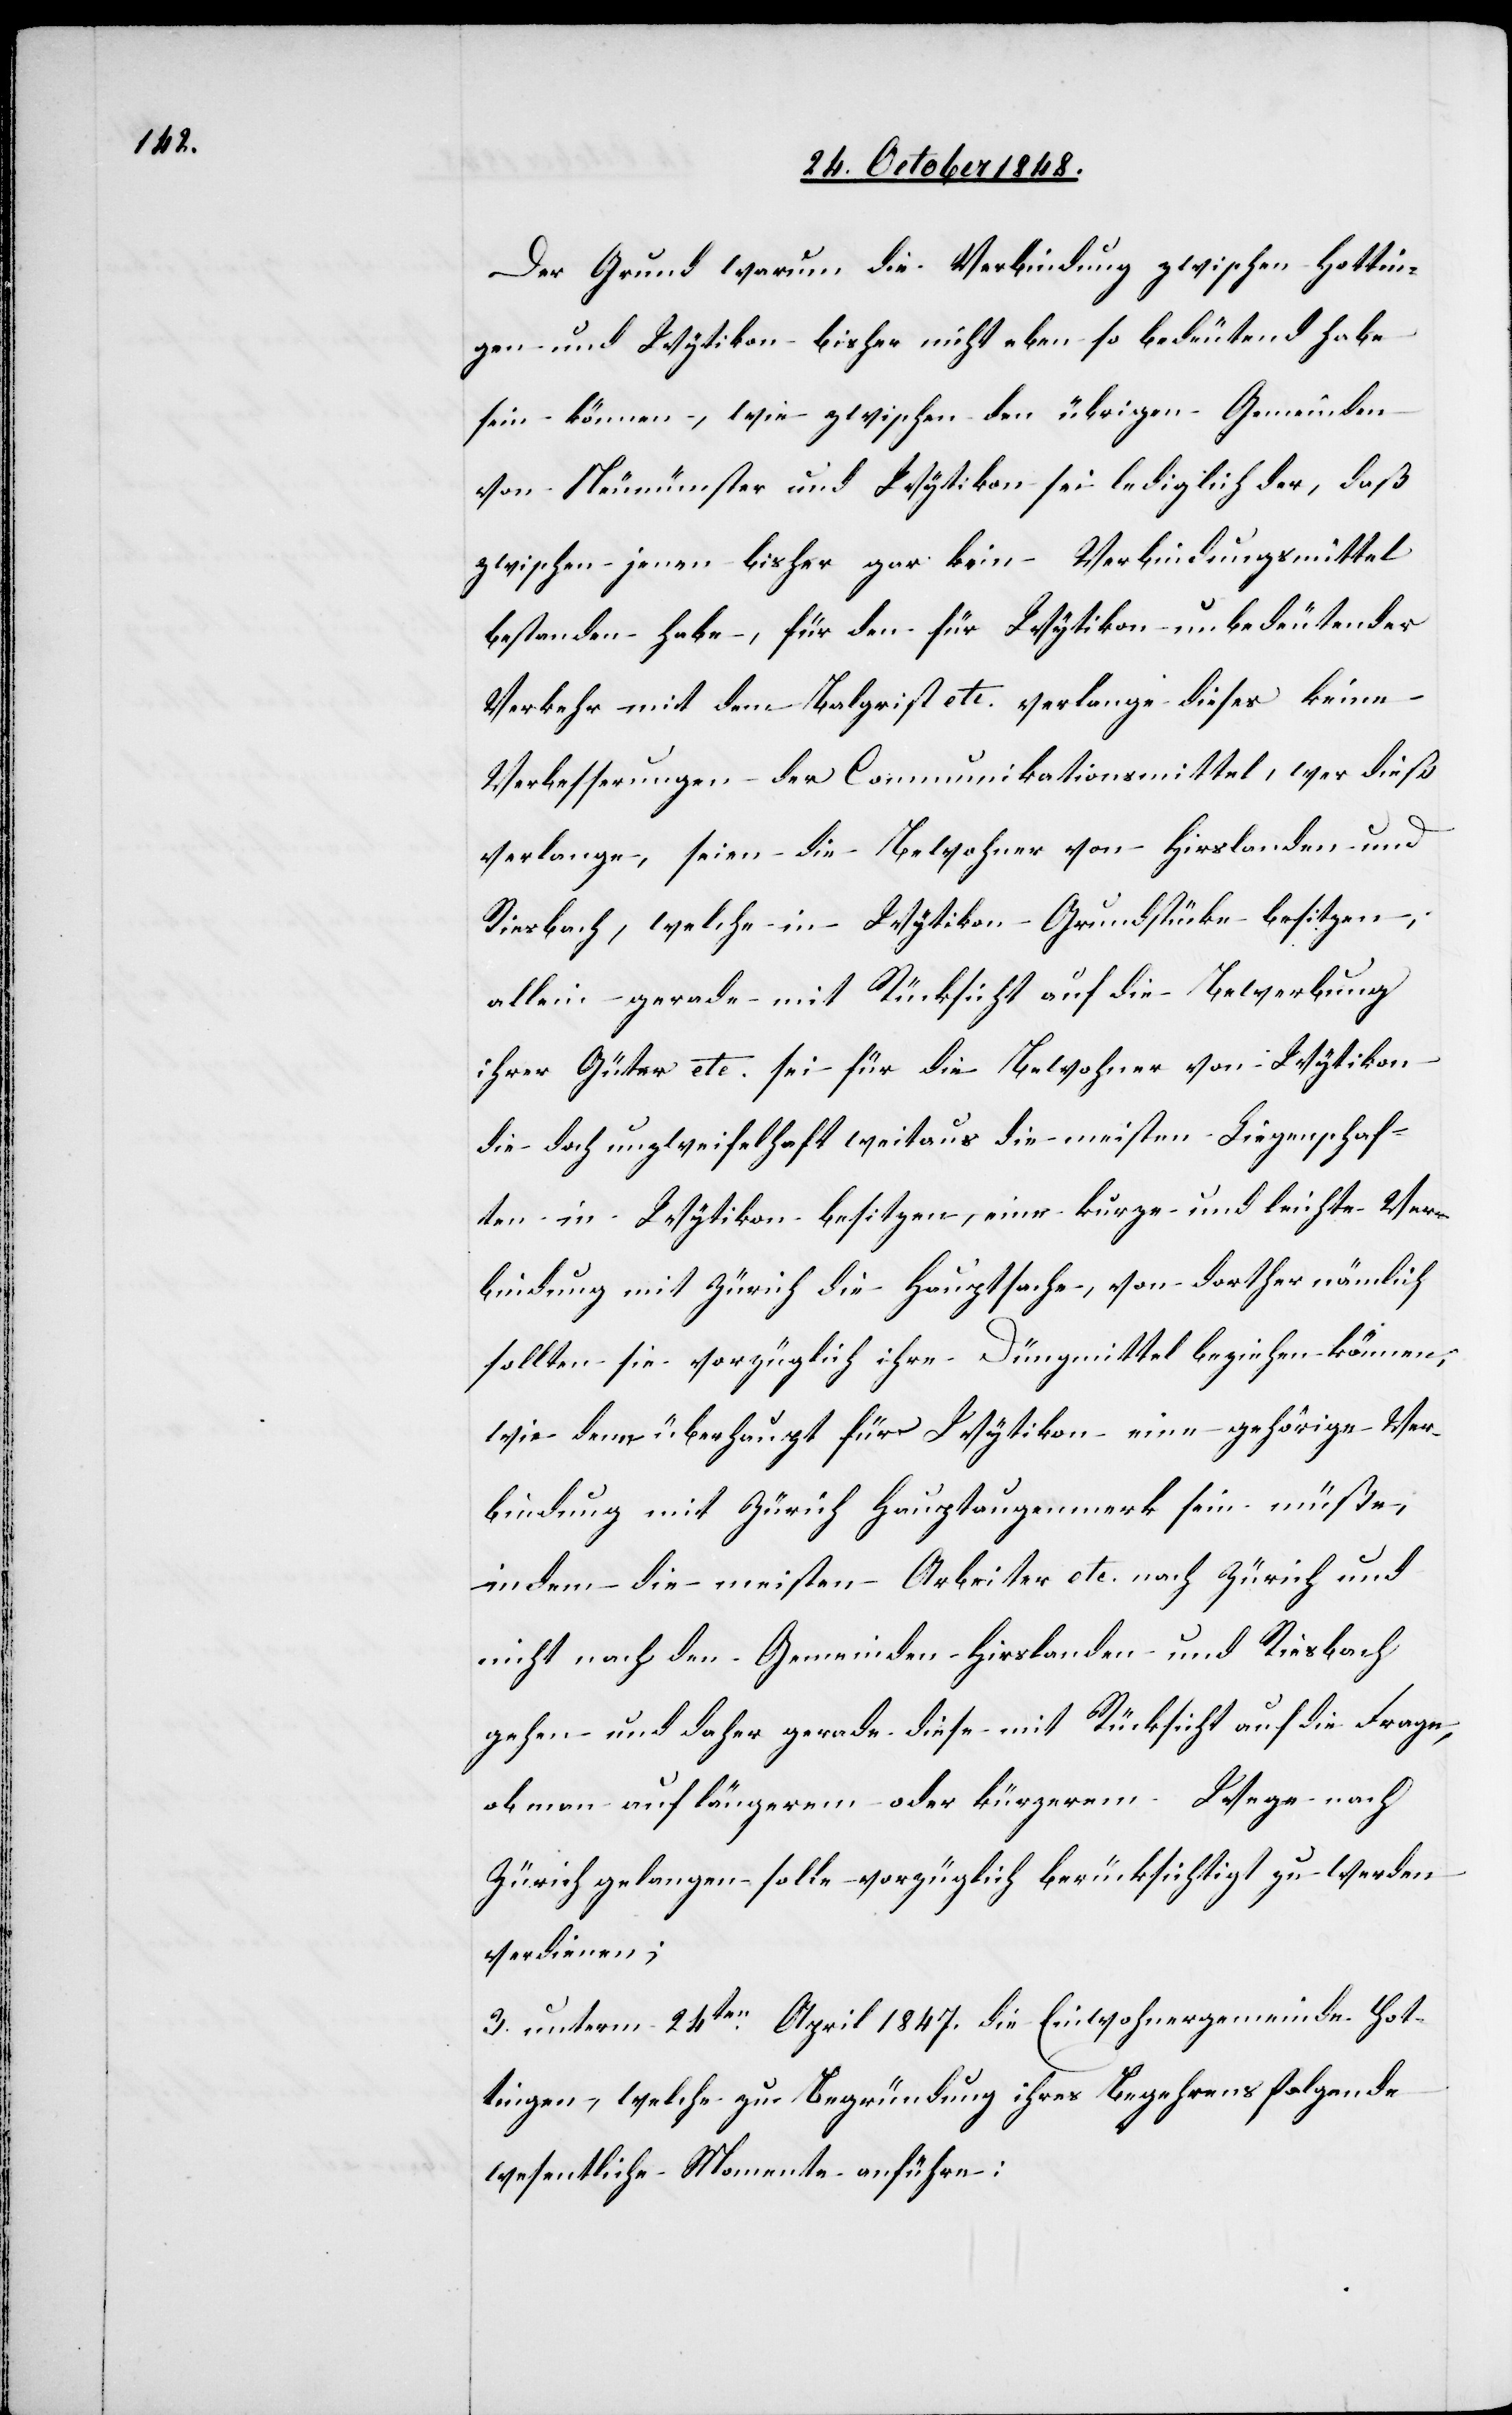
Der Grund warum die Verbindung zwischen Hottin¬
gen und Wytikon bisher nicht ebenso bedeutend habe
sein können, wie zwischen den übrigen Gemeinden
von Neumünster und Wytikon sei lediglich der, daß
zwischen jenen bisher gar kein Verbindungsmittel
bestanden habe, für den für Wytikon unbedeutender
Verkehr mit dem Balgrist etc. verlange dieses keine
Verbesserungen der Communikationsmittel, wer dieß
verlange, seien die Bewohner von Hirslanden und
Riesbach, welche in Wytikon Grundstücke besitzen,
allein gerade mit Rücksicht auf die Bewerbung
ihrer Güter etc. sei für die Bewohner von Wytikon
die doch unzweifelhaft weitaus die meisten Liegenschaf¬
ten in Wytikon besitzen, und eine kurze und leichte Ver¬
bindung mit Zürich in Hauptsache, von dorther nämlich
sollten sie vorzüglich ihre Düngmittel beziehen können,
wie denn überhaupt für Wytikon eine gehörige Ver¬
bindung mit Zürich Hauptaugenmerk sein müße,
indem die meisten Arbeiter etc. nach Zürich und
nicht nach den Gemeinden Hirslanden und Riesbach
gehen und daher gerade diese mit Rücksicht auf die Frage,
ob man auf längerem oder kürzerem Wege nach
Zürich gelangen solle vorzüglich berücksichtigt zu werden
verdienen;
3. unterm 24ten April 1847. die Einwohnergemeinde Hot¬
tingen, welche zu Begründung ihres Begehrens folgende
wesentlichen Momente anführen: